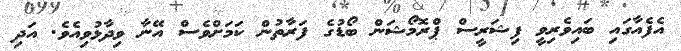
އެފެއާގައި ބައިވެރިވީ ފިޝަރީސް ޕްރޮމޯޝަން ބޯޑުގެ ފަރާތުން ކަމަށްވެސް އޭނާ ވިދާޅުވިއެވެ. އަދި